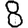
Digit: 8